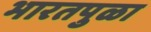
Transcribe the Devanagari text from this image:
भारतपुळा